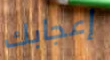
إعجابك